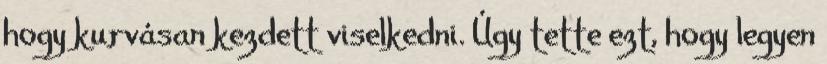
hogy kurvásan kezdett viselkedni. Úgy tette ezt, hogy legyen